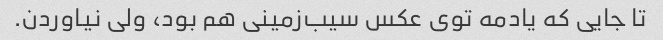
تا جایی که یادمه توی عکس سیب‌زمینی هم بود، ولی نیاوردن.